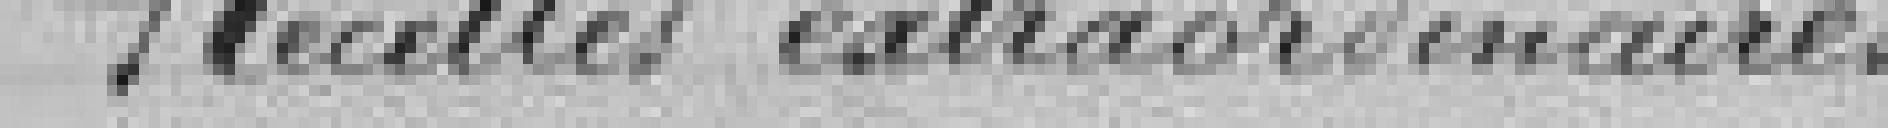
Recettes extraordinaires